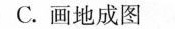
C.画地成图